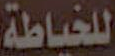
للخياطة